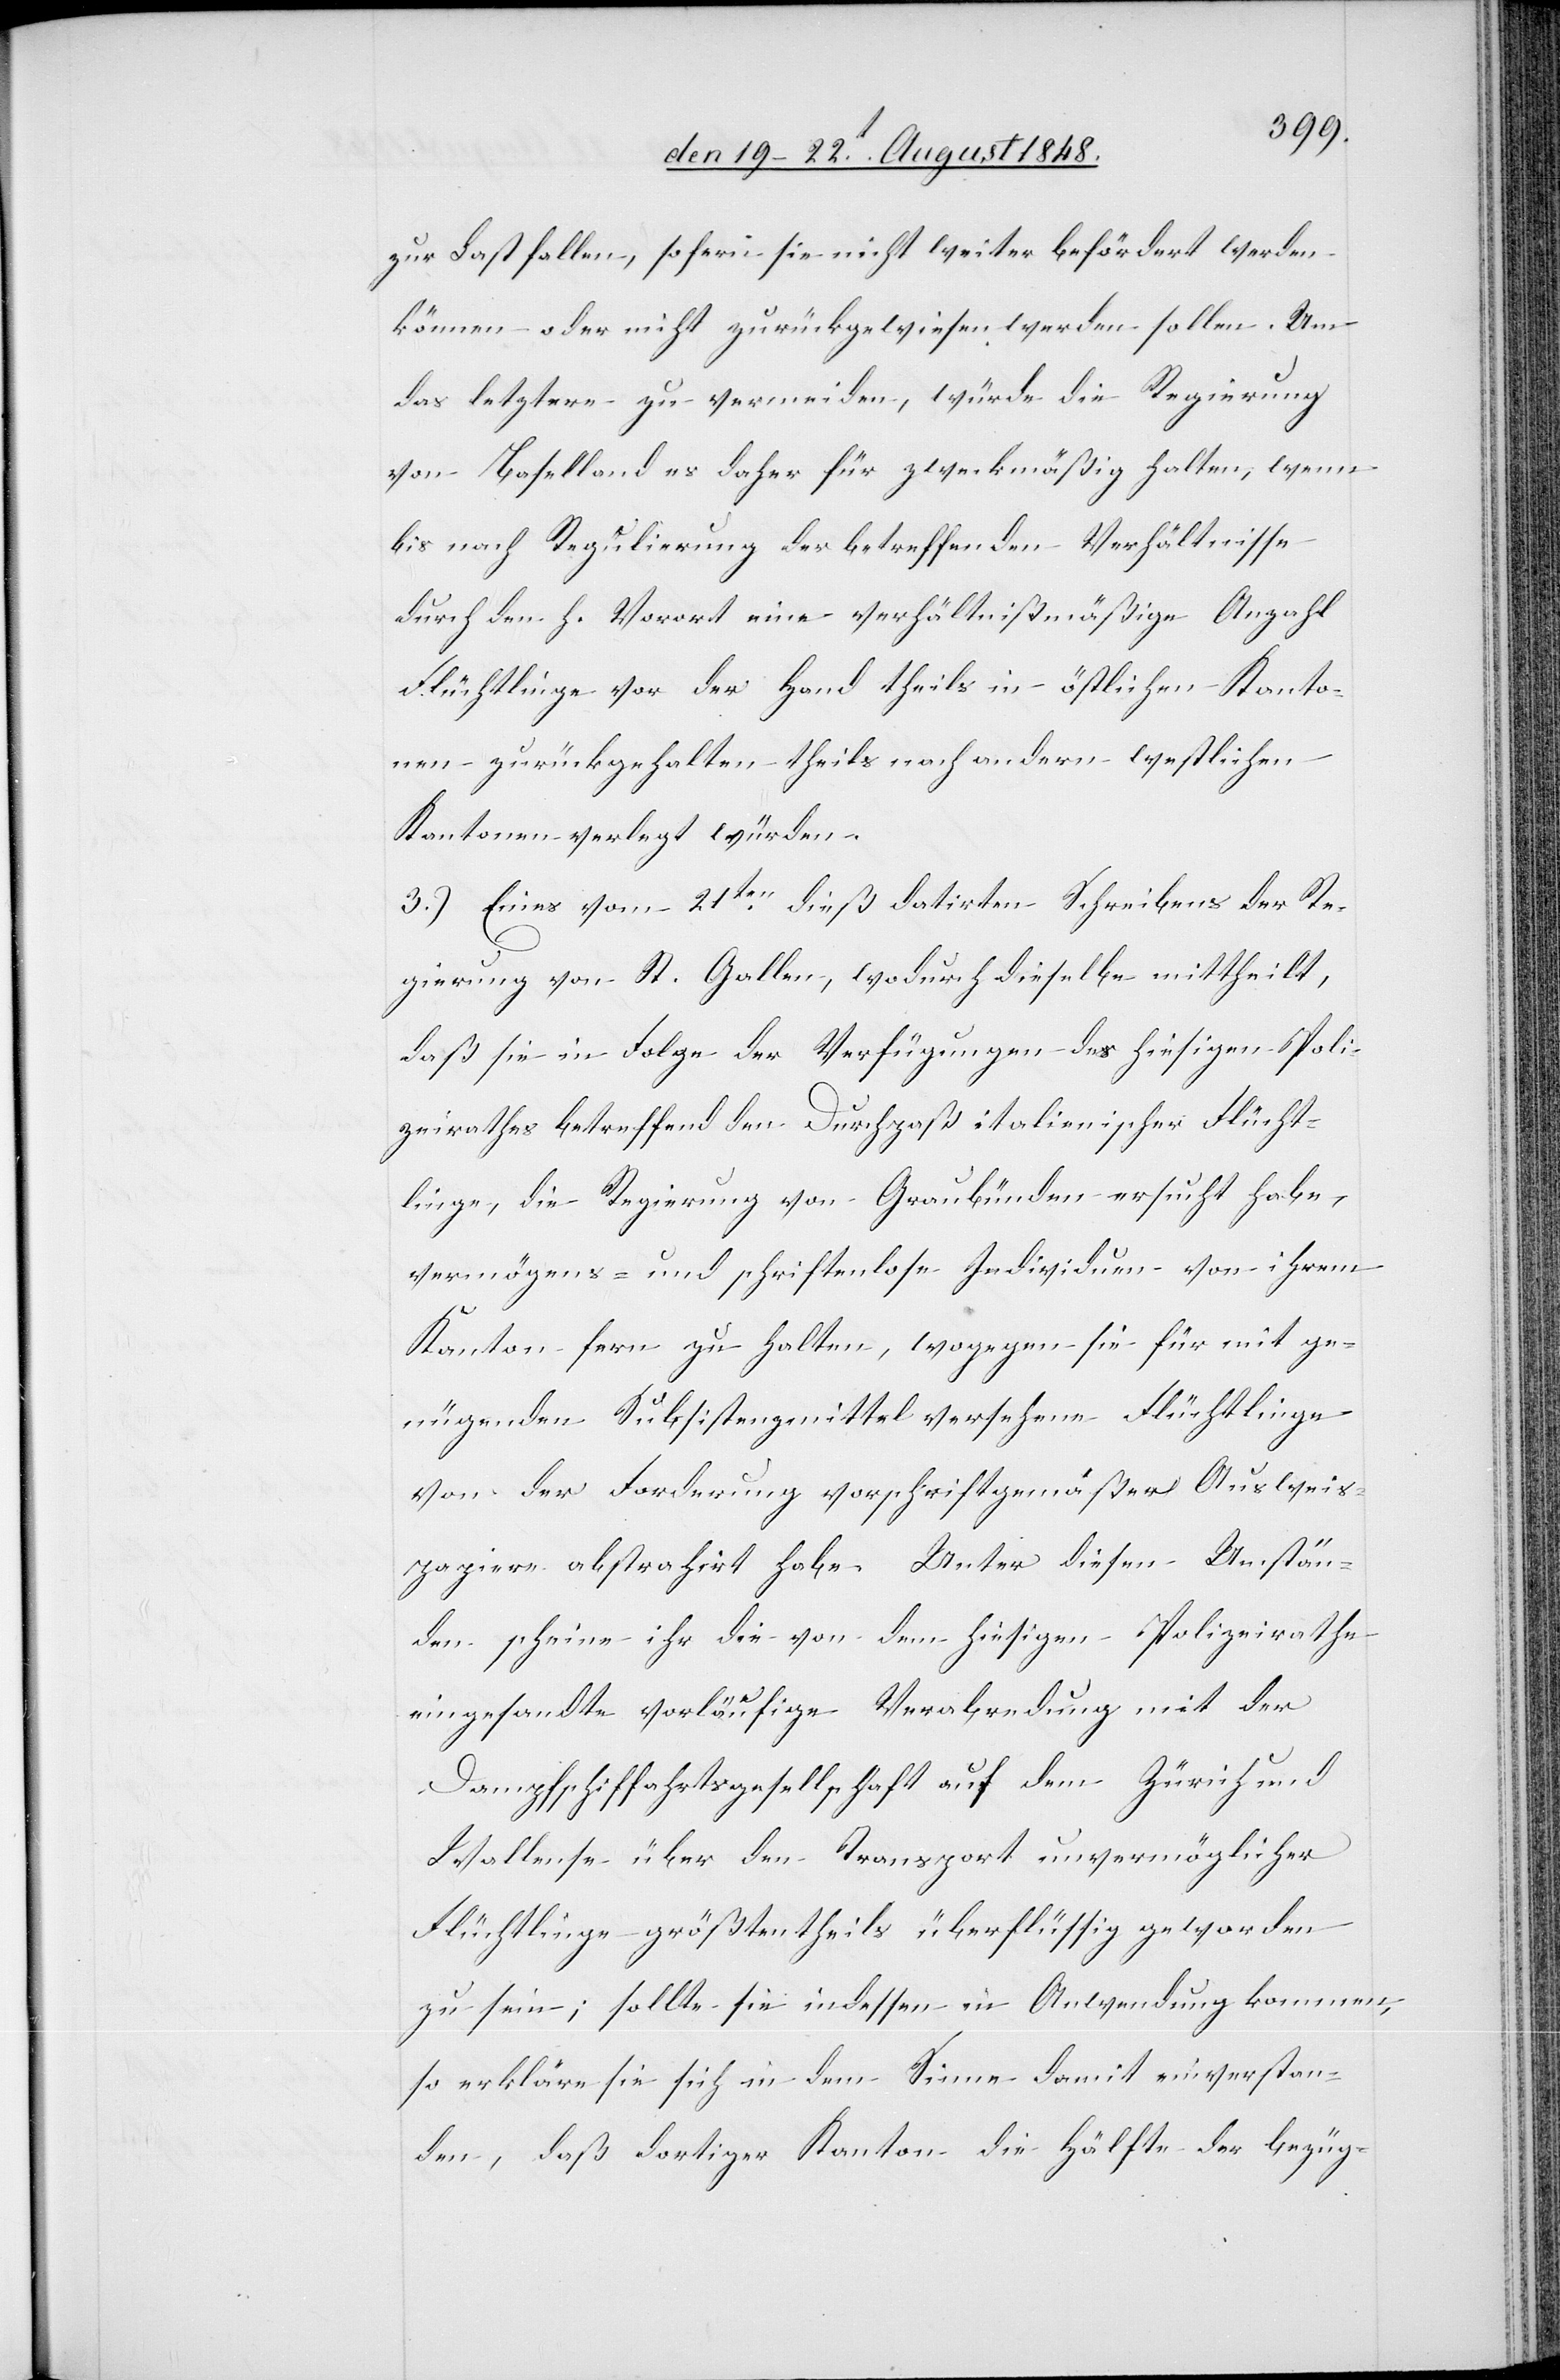
Last fallen, so fern sie nicht weiter befördert werden
können oder nicht zurückgewiesen werden sollen. Um
das letztere zu vermeiden, würde die Regierung
von Baselland es daher für zweckmäßig halten, wenn
bis nach Regulierung der betreffenden Verhältnisse
durch den h. Vorort eine verhältnißmäßige Anzahl
Flüchtlinge vor der Hand theils in östlichen Kanto¬
nen zurückgehalten theils nach andern westlichen
Kantonen verlegt würden.
3.) Eines vom 21ten dieß datirten Schreibens der Re¬
gierung von St. Gallen, wodurch dieselbe mittheilt,
daß sie in Folge der Verfügungen des hiesigen Poli¬
zeirathes betreffend den Durchpaß italienischer Flücht¬
linge, die Regierung von Graubünden ersucht habe,
vermögens- und schriftenlose Individuen von ihrem
Kanton fern zu halten, wogegen sie für mit ge¬
nügenden Subsistenzmittel versehene Flüchtlinge
von der Forderung vorschriftgemäßer Ausweis¬
papiere abstrahirt habe. Unter diesen Umstän¬
den scheine ihr die von dem hiesigen Polizeirathe
eingesandte vorläufige Verabredung mit der
Dampfschiffahrtsgesellschaft auf dem Zürich[-] und
Wallense[e] über den Transport unvermöglicher
Flüchtlinge größtentheils überflüssig geworden
zu sein; sollte sie indessen in Anwendung kommen,
so erkläre sie sich in dem Sinne damit einverstan¬
den, daß dortiger Kanton die Hälfte der bezüg-